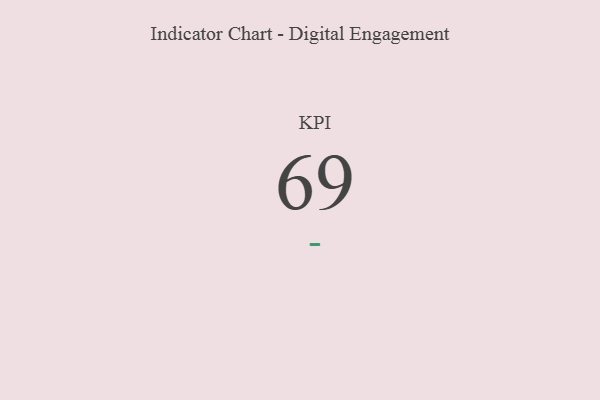
{"axis": {"x": "KPI", "y": "Value"}, "legend": [""], "data": [{"x": "KPI", "y": 69, "type": ""}]}